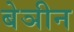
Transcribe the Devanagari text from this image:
बेञीन